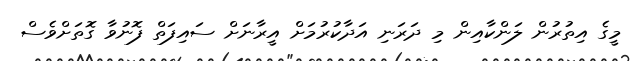
މީގެ އިތުރުން ލަންކާއިން މި ދަރަނި އަދާކުރުމަށް އީރާނަށް ސައިފަތް ފޮނުވާ ގޮތަށްވެސް